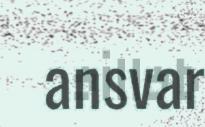
ansvar